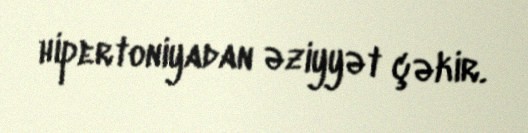
hipertoniyadan əziyyət çəkir.